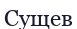
Сущев